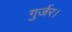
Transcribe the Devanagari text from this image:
गुर्जर।